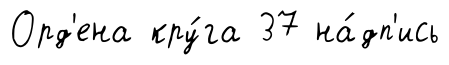
Орд'ена кру́га 37 на́дп'ись